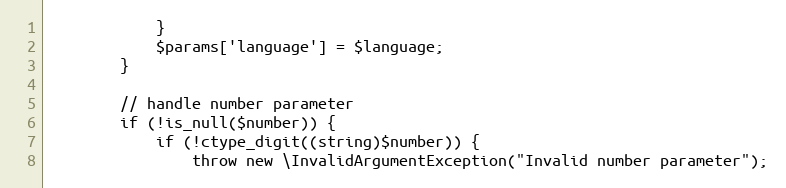
Language: PHP
            }
            $params['language'] = $language;
        }

        // handle number parameter
        if (!is_null($number)) {
            if (!ctype_digit((string)$number)) {
                throw new \InvalidArgumentException("Invalid number parameter");